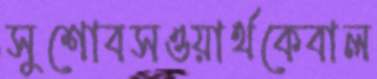
সুশোবসওয়ার্থকেবাল